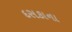
દસકાના